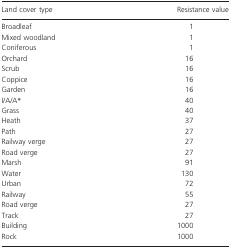
<table><thead><tr><td><b>Land cover type</b></td><td><b>Resistance value</b></td></tr></thead><tbody><tr><td>Broadleaf</td><td>1</td></tr><tr><td>Mixed woodland</td><td>1</td></tr><tr><td>Coniferous</td><td>1</td></tr><tr><td>Orchard</td><td>16</td></tr><tr><td>Scrub</td><td>16</td></tr><tr><td>Coppice</td><td>16</td></tr><tr><td>Garden</td><td>16</td></tr><tr><td>I/A/A*</td><td>40</td></tr><tr><td>Grass</td><td>40</td></tr><tr><td>Heath</td><td>37</td></tr><tr><td>Path</td><td>27</td></tr><tr><td>Railway verge</td><td>27</td></tr><tr><td>Road verge</td><td>27</td></tr><tr><td>Marsh</td><td>91</td></tr><tr><td>Water</td><td>130</td></tr><tr><td>Urban</td><td>72</td></tr><tr><td>Railway</td><td>55</td></tr><tr><td>Road verge</td><td>27</td></tr><tr><td>Track</td><td>27</td></tr><tr><td>Building</td><td>1000</td></tr><tr><td>Rock</td><td>1000</td></tr></tbody></table>